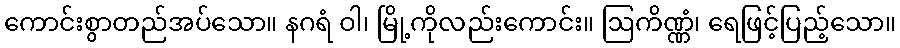
ကောင်းစွာတည်အပ်သော။ နဂရံ ဝါ၊ မြို့ကိုလည်းကောင်း။ ဩကိဏ္ဏံ၊ ရေဖြင့်ပြည့်သော။